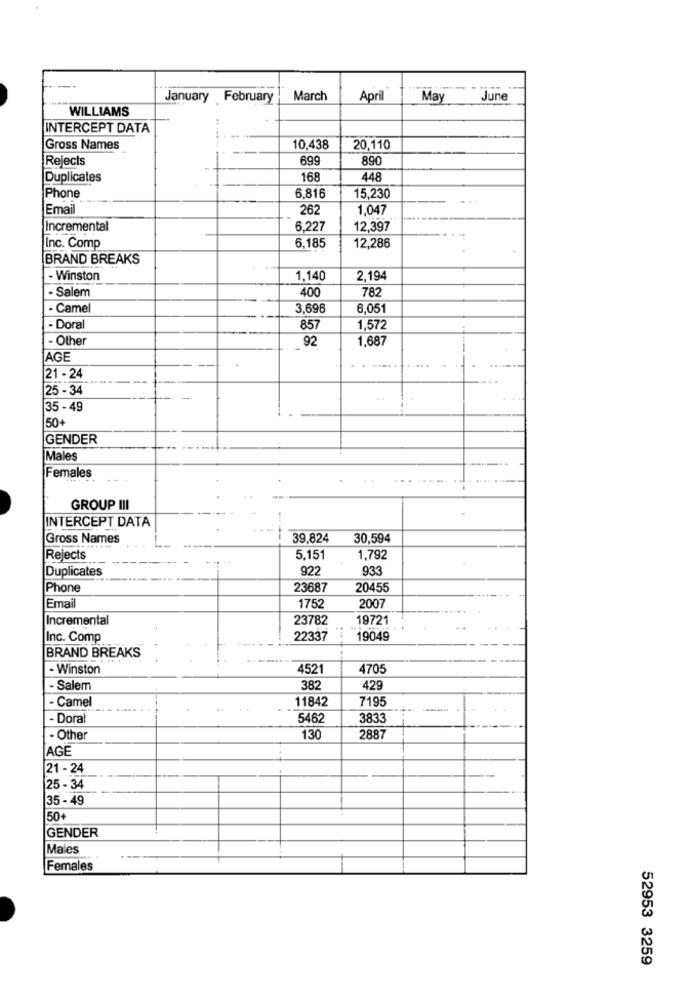
January February
March
April
May
June
WILLIAMS
INTERCEPT DATA
Gross Names
10,438
20,110
Rejects
699
890
Duplicates
168
448
6.816
Phone
15,230
Email
262
1,047
Incremental
6.227
12.397
Inc. Comp
6,185
12,286
BRAND BREAKS
- Winston
1,140
2.194
- Salem
400
782
- Came
3.696
6,051
- Doral
857
1,572
- Other
92
1,687
AGE
21 - 24
25 - 34
35 - 49
50+
GENDER
Males
Females
GROUP III
INTERCEPT DATA
.-
Gross Names
39,824
30,594
Rejects
5.151
1,792
Duplicates
922
933
Phone
23687
20455
Email
1752
2007
Incremental
23782
19721
Inc. Comp
22337
19049
BRAND BREAKS
- Winston
4521
4705
- Salem
382
- Camel
11842
7195
- Dora!
5462
3833
. Other
130
2887
AGE
[21 - 24
25 - 34
35 - 49
50+
GENDER
Males
Females
52953 3259